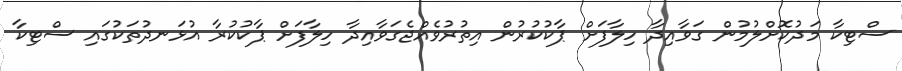
ސްޓިކާ މަދުކޮށްލުމުން ގަވާއިދާ ހިލާފަށް ޕާކުކުރުން އިތުރުވެއްޖެގަވާއިދާ ހިލާފަށް ޕާކުކުރާ އުޅަނދުތަކުގައި ސްޓިކާ